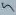
Text: 5